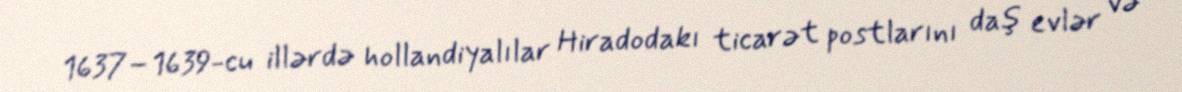
1637–1639-cu illərdə hollandiyalılar Hiradodakı ticarət postlarını daş evlər və